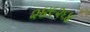
૨૪૯૨૬૪